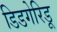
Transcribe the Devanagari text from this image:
डिडगेरिडू